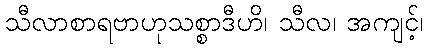
သီလာစာရဗာဟုသစ္စာဒီဟိ၊ သီလ၊ အကျင့်၊